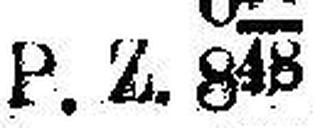
P.Z. 848